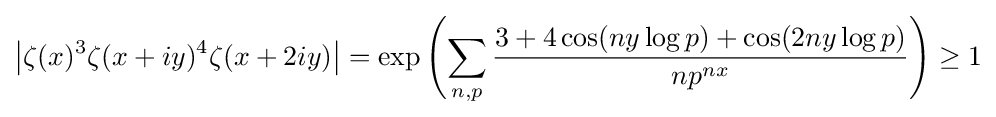
\left|\zeta (x)^{3}\zeta (x+iy)^{4}\zeta (x+2iy)\right|=\exp \left(\sum _{n,p}{\frac {3+4\cos(ny\log p)+\cos(2ny\log p)}{np^{nx}}}\right)\geq 1